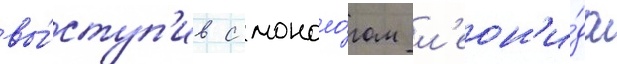
вы́ступ'ив с моноло́гом л'еон'и́да